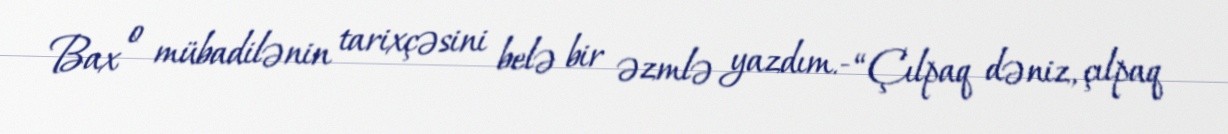
Bax o mübadilənin tarixçəsini belə bir əzmlə yazdım.- “Çılpaq dəniz, çılpaq